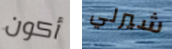
أكون شيرلي